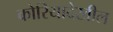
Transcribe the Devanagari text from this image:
कोरियादेखील